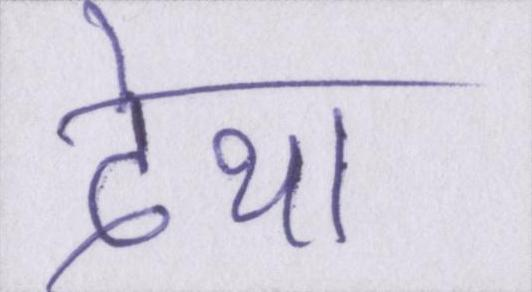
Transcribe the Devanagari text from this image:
देथा